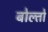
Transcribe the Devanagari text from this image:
बोल्तो